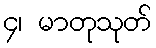
၄၊ မာတုသုတ်